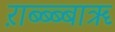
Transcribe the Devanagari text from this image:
ऱाब्ब्ब्बाॠ